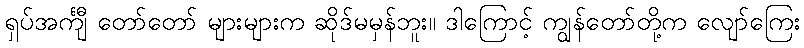
ရှပ်အင်္ကျီ တော်တော် များများက ဆိုဒ်မမှန်ဘူး။ ဒါကြောင့် ကျွန်တော်တို့က လျော်ကြေး